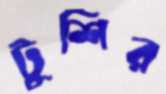
টুশির